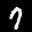
Label: 7